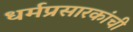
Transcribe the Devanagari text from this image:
धर्मप्रसारकांची